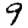
Digit: 9